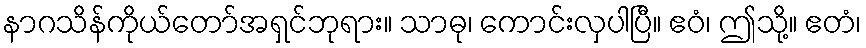
နာဂသိန်ကိုယ်တော်အရှင်ဘုရား။ သာဓု၊ ကောင်းလှပါပြီ။ ဧဝံ၊ ဤသို့။ ဧတံ၊